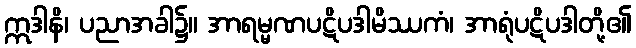
ဣဒါနိ၊ ပညာအခါ၌။ အာရမ္မဏပဋိပဒါမိဿကံ၊ အာရုံပဋိပဒါတို့၏